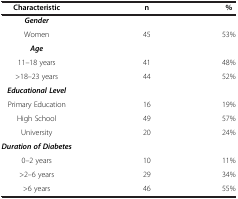
<table><thead><tr><td><b>Characteristic</b></td><td><b>n</b></td><td><b>%</b></td></tr></thead><tbody><tr><td><b><i>Gender</i></b></td><td> </td><td> </td></tr><tr><td>Women</td><td>45</td><td>53%</td></tr><tr><td><b><i>Age</i></b></td><td> </td><td> </td></tr><tr><td>11–18 years</td><td>41</td><td>48%</td></tr><tr><td>&gt;18–23 years</td><td>44</td><td>52%</td></tr><tr><td><b><i>Educational Level</i></b></td><td> </td><td> </td></tr><tr><td>Primary Education</td><td>16</td><td>19%</td></tr><tr><td>High School</td><td>49</td><td>57%</td></tr><tr><td>University</td><td>20</td><td>24%</td></tr><tr><td><b><i>Duration of Diabetes</i></b></td><td> </td><td> </td></tr><tr><td>0–2 years</td><td>10</td><td>11%</td></tr><tr><td>&gt;2–6 years</td><td>29</td><td>34%</td></tr><tr><td>&gt;6 years</td><td>46</td><td>55%</td></tr></tbody></table>